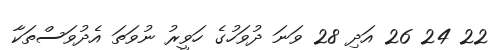
22 24 26 އަދި 28 ވަނަ ދުވަހުގެ ހަވީރު ނުވަތަ އެދުވަސްތަކާ